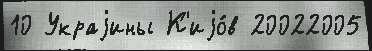
10 Украjины К'иjо́в 20022005